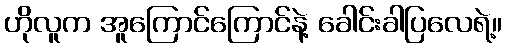
ဟိုလူက အူကြောင်ကြောင်နဲ့ ခေါင်းခါပြလေရဲ့။